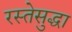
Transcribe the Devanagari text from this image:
रस्तेसुद्धा